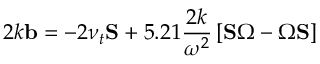
2 k \mathbf { b } = - 2 \nu _ { t } \mathbf { S } + 5 . 2 1 \frac { 2 k } { \omega ^ { 2 } } \left[ \mathbf { S } \boldsymbol { \Omega } - \boldsymbol { \Omega } \mathbf { S } \right]